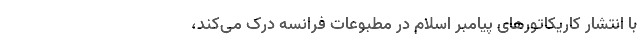
با انتشار کاریکاتورهای پیامبر اسلام در مطبوعات فرانسه درک می‌کند،